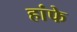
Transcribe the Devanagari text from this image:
हांफे